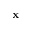
\mathbf { x }